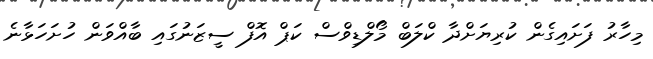
މިހާރު ފަށައިގެން ކުރިޔަށްދާ ކްލަބް މޯލްޑިވްސް ކަޕް އޮފް ސީޒަނުގައި ބާއްވަން ހުށަހަޅާނެ